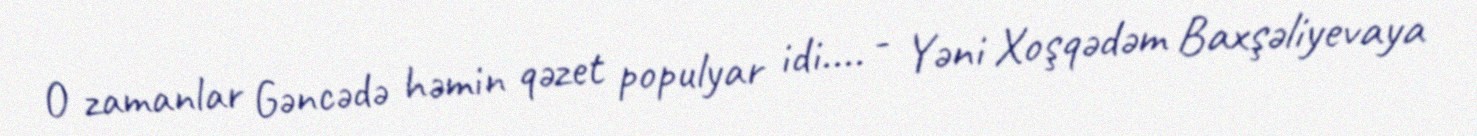
O zamanlar Gəncədə həmin qəzet populyar idi.... - Yəni Xoşqədəm Baxşəliyevaya